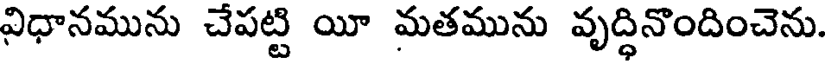
విధానమును చేపట్టి యీ మతమును వృద్ధినొందించెను.